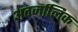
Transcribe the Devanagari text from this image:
अंतर्जालिक